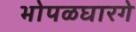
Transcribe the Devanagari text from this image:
भोपळघारगे